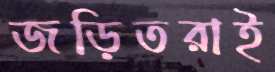
জড়িতরাই